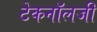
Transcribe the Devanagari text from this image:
टेकनॉलजी